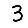
Digit: 3